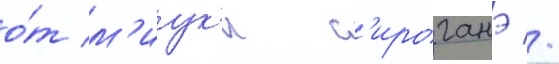
о́т м'иук'и с'ироганэ //